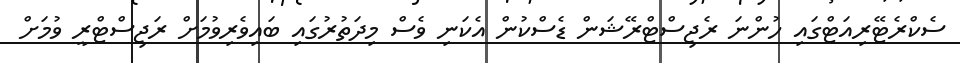
ސެކްރެޓޭރިއަޓްގައި ހުންނަ ރެޖިސްޓްރޭޝަން ޑެސްކުން އެކަނި ވެސް މިދަތުރުގައި ބައިވެރިވުމަށް ރަޖިސްޓްރީ ވުމަށް